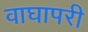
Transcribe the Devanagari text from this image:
वाघापरी